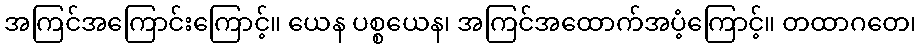
အကြင်အကြောင်းကြောင့်။ ယေန ပစ္စယေန၊ အကြင်အထောက်အပံ့ကြောင့်။ တထာဂတေ၊